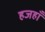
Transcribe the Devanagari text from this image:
हजहाँ